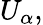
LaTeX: U_{\alpha},